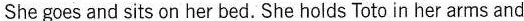
She goes and sits on her bed. She holds Toto in her arms and